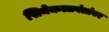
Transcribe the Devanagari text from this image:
सिनेकलावंतांवर